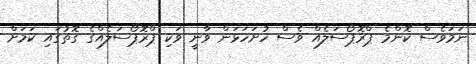
ނަމަވެސް ކޮންމެ ޕްރޮޕޯސަލެއް ވެސް ހުށަހަޅަން ވާނީ ވަކި ޕްރޮޕޯސަލެއްގެ ގޮތުގައި ކަމަށް